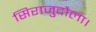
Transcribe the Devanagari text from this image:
सिराजुदौला।